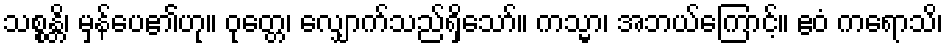
သစ္စန္တိ၊ မှန်ပေ၏ဟု။ ဝုတ္တေ၊ လျှောက်သည်ရှိသော်။ ကသ္မာ၊ အဘယ်ကြောင့်။ ဧဝံ ကရောသိ၊